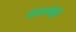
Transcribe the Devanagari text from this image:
तंत्राचेही